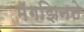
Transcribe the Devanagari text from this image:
मॅगझिनने